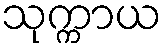
သုက္ကာယ